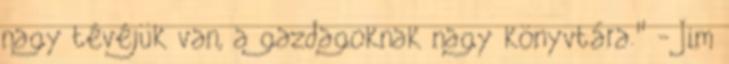
nagy tévéjük van, a gazdagoknak nagy könyvtára." - Jim